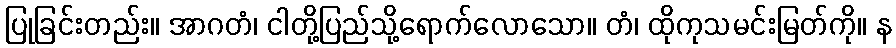
ပြုခြင်းတည်း။ အာဂတံ၊ ငါတို့ပြည်သို့ရောက်လောသော။ တံ၊ ထိုကုသမင်းမြတ်ကို။ န